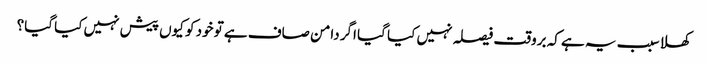
کھلا سبب یہ ہے کہ بروقت فیصلہ نہیں کیا گیا اگر دامن صاف ہے تو خود کو کیوں پیش نہیں کیا گیا؟